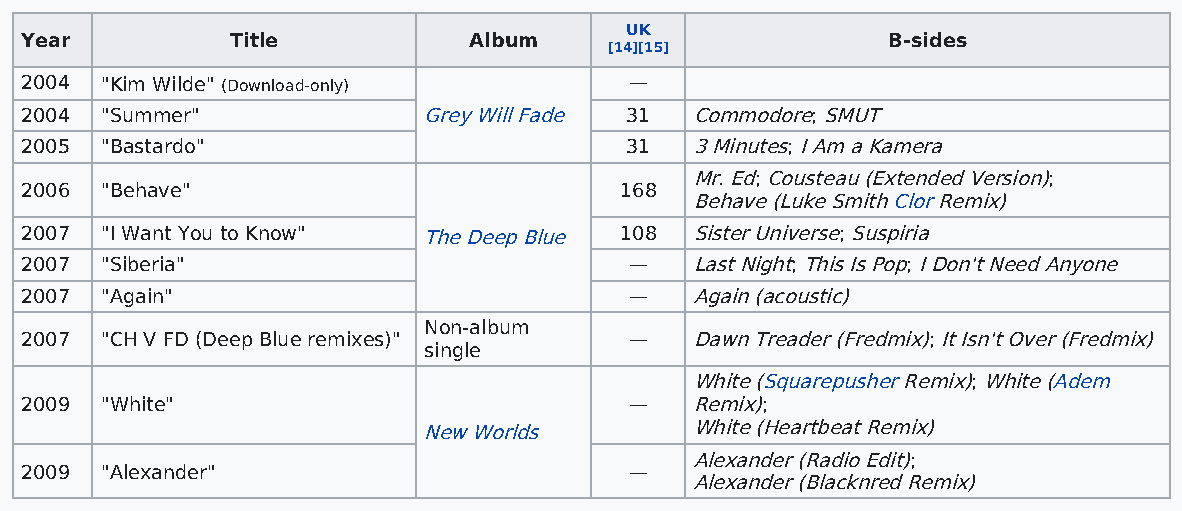
UK
 Year          Title           Album                       B-sides
 [14][15]
 2004  "Kim Wilde" (Download-only)        —
 2004  "Summer"             Grey Will Fade 31 Commodore; SMUT
 2005  "Bastardo"                        31   3 Minutes; I Am a Kamera
 Mr. Ed; Cousteau (Extended Version);
 2006  "Behave"                          168
 Behave (Luke Smith Clor Remix)
 2007  "I Want You to Know" The Deep Blue 108 Sister Universe; Suspiria
 2007  "Siberia"                          —   Last Night; This Is Pop; I Don't Need Anyone
 2007  "Again"                            —   Again (acoustic)
 Non-album
 2007  "CH V FD (Deep Blue remixes)"      —   Dawn Treader (Fredmix); It Isn't Over (Fredmix)
 single
 White (Squarepusher Remix); White (Adem
 2009  "White"                            —   Remix);
 New Worlds        White (Heartbeat Remix)
 Alexander (Radio Edit);
 2009  "Alexander"                        —
 Alexander (Blacknred Remix)